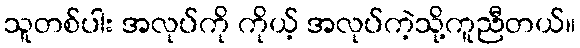
သူတစ်ပါး အလုပ်ကို ကိုယ့် အလုပ်ကဲ့သို့ကူညီတယ်။